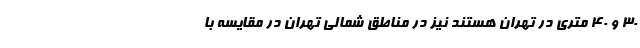
30 و 40 متری در تهران هستند نیز در مناطق شمالی تهران در مقایسه با